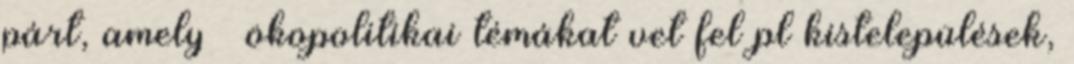
párt, amely – ökopolitikai témákat vet fel pl kistelepülések,